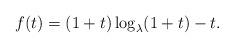
LaTeX: \begin{align*}f(t)=(1+t)\log_{\lambda}(1+t)-t.\end{align*}